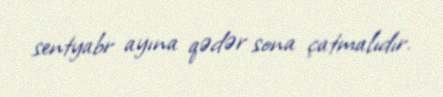
sentyabr ayına qədər sona çatmalıdır.